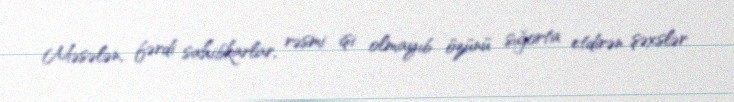
Məsələn, fərdi sahibkarlar, rəsmi işi olmayıb özünü sığorta etdirən şəxslər